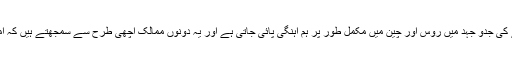
دوسری جانب امریکا کے خلاف عالمی بالادستی حاصل کرنے کی جدو جہد میں روس اور چین میں مکمل طور پر ہم آہنگی پائی جاتی ہے اور یہ دونوں ممالک اچھی طرح سے سمجھتے ہیں کہ امریکا بھارت کو چین اور روس کے خلاف استعمال کررہاہے ۔